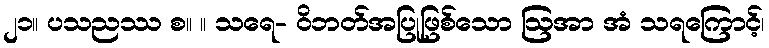
၂၁။ ပသညဿ စ။ ။ သရေ- ဝိဘတ်အပြုဖြစ်သော ဩအာ အံ သရကြောင့်၊